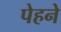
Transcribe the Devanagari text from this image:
पेहने